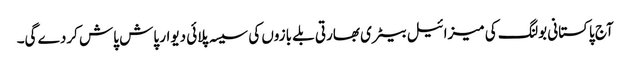
آج پاکستانی بولنگ کی میزائیل بیٹری بھارتی بلے بازوں کی سیسہ پلائی دیوار پاش پاش کردے گی۔